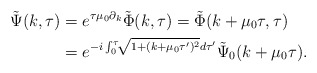
\begin{align*}\tilde{\Psi}(k, \tau) &= e^{\tau\mu_{0}\partial_{k}} \tilde{\Phi}(k, \tau) = \tilde{\Phi}(k + \mu_{0}\tau, \tau) \\& = e^{-i\int_{0}^{\tau}\!\! \sqrt{1 + (k + \mu_{0}\tau')^{2}} d\tau'} \tilde{\Psi}_{0}(k + \mu_{0}\tau).\end{align*}